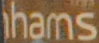
hams